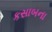
કસાબના